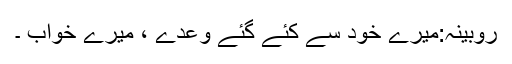
روبینہ:میرے خود سے کئے گئے وعدے ، میرے خواب ۔